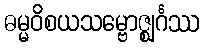
ဓမ္မဝိစယသမ္ဗောဇ္ဈင်္ဂဿ